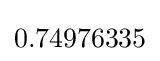
0.74976335